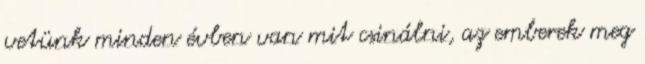
vetünk minden évben van mit csinálni, az emberek meg